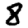
Digit: 8